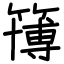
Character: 簙